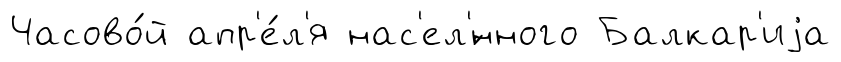
Часово́й апр'е́л'я нас'ел'́нного Балкар'иjа